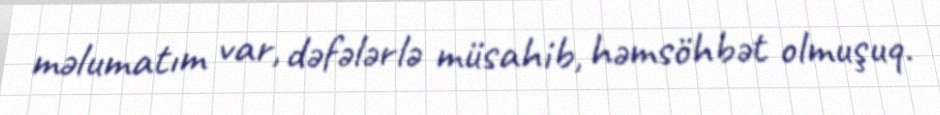
məlumatım var, dəfələrlə müsahib, həmsöhbət olmuşuq.